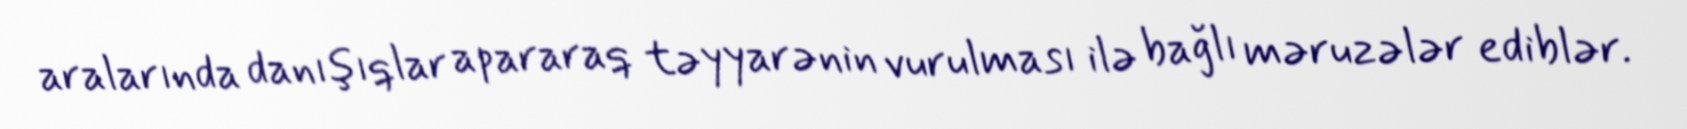
aralarında danışıqlar apararaq təyyarənin vurulması ilə bağlı məruzələr ediblər.